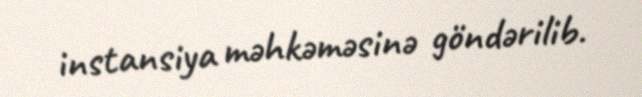
instansiya məhkəməsinə göndərilib.